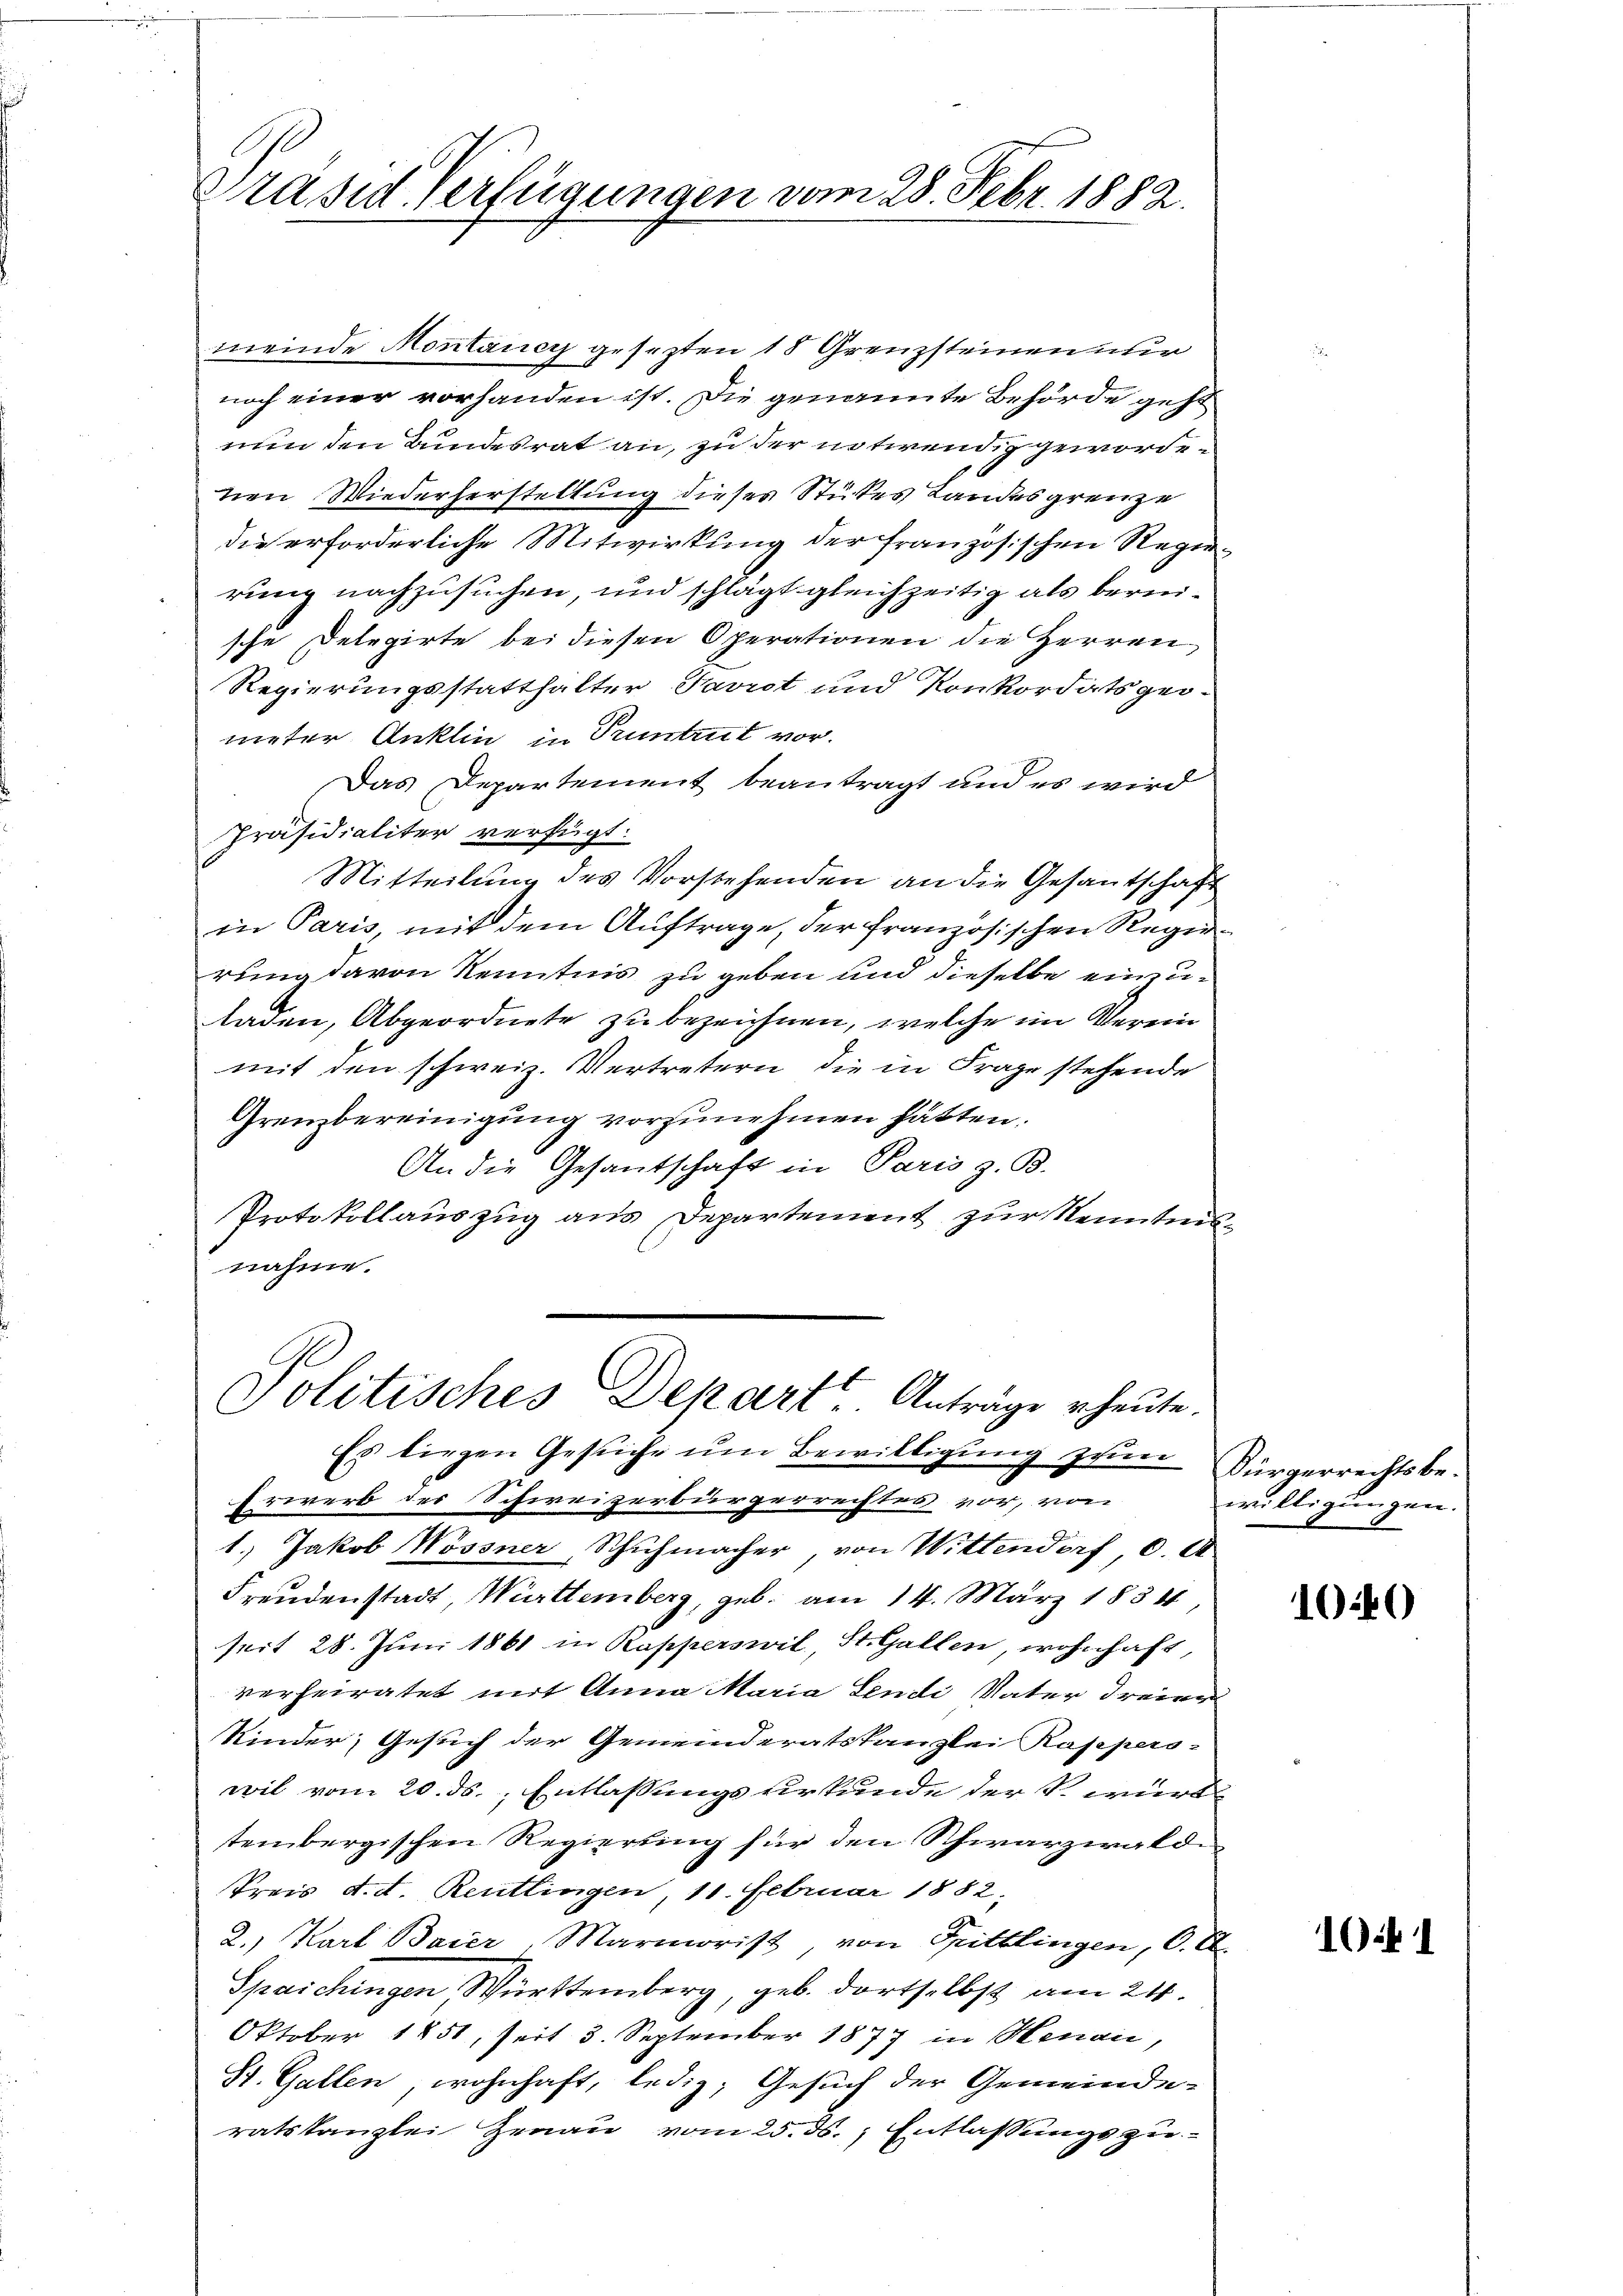
Präsid. Verfügungen vom 28. Febr. 1882.

Politisches Depart. Anträge heute.

meinde Montaney gesezten 18 Grenzsteinen nur
noch einer vorhanden ist. Die genannte Behörde geht
nun den Bundesrat an, zu der entwendig gewordenen Wiederherstellung dieses Stückes Landesgrenze
die erforderliche Mitwirkung der französischen Regierung nachzusuchen, und schlägt gleichzeitig als bereische Delegirte bei diesen Operationen die Herren
Regierungsstatthalter Favrot und Konkordats geometer Anklin in Pruntrut vor.
Das Departement beantragt und es wird
Präsidialiter verfügt:
Mitteilung des Vorstehenden an die Gesantschaft
in Paris, mit dem Auftrage, der französischen Regierung davon Kenntnis zu geben und dieselbe einzuladen, Abgeordnete zu bezeichnen, welche im Verein
mit den schweiz. Vertretern, die in Frage stehende
Grenzbereinigung vorzunehmen hätten.
An die Gesandschaft in Paris z. B.
Protokollauszug aus Departement zur Kenntnisnahme.

Es liegen Gesuche um Bewilligung zum Bürgerrechtsbe¬
Erwerb des Schweizerbürgerrechtes vor, von
1.) Jakob Wossner, Schuhmacher, von Wittendorf 6. A
Freudenstadt, Württemberg, geb. am 14. März 1834,
seit 28. Juni 1861 in Kapperswil, St. Gallen, wohnhaft,
verheiratet mit Anna Maria Sendi Vater dreien
Kinder, Gesuch der Gemeinderatskanzlei Rappers-
wil vom 20. ds. Entlassungsurkunde der S. würd
teinbergischen Regierung für den Schwarzwald
Preis d. d. Reutlingen, 10. Februar 1882,
2.) Karl Baier, Marmorist, von Spittlingen, 6. A.
Spaichingen Württemberg, geb. dortselbst am 24.
Oktober 1851, seit 3. September 1877 in Henau,
St. Gallen, wohnhaft, ledig; Gesuch der Gemeinde-
ratskanzlei Genau vom 25. ds. Entlassungszu¬

willigungen.

1040

11